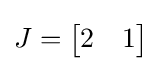
J={\begin{bmatrix}2&1\end{bmatrix}}